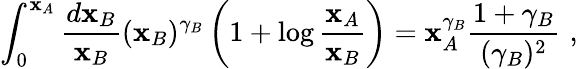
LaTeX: \int_{0}^{\mathbf{x}_{A}}{\frac{{d\mathbf{x}_{B}}}{{\mathbf{x}_{B}}}}(\mathbf{x}_{B})^{\gamma_{B}}\left(1+\log{\frac{{\mathbf{x}_{A}}}{{\mathbf{x}_{B}}}}\right)=\mathbf{x}_{A}^{\gamma_{B}}{\frac{{1+\gamma_{B}}}{{(\gamma_{B})^{2}}}}\, \, ,